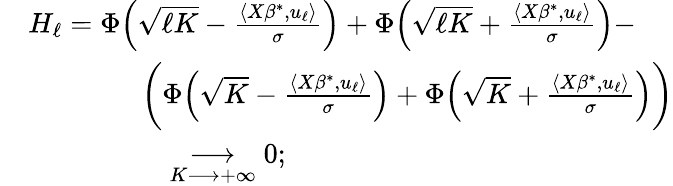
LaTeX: \begin{array}{rl}&{H_{\ell}=\Phi\Big(\sqrt{\ell K}-\frac{\langle X\beta^{*},u_{\ell}\rangle}{\sigma}\Big)+\Phi\Big(\sqrt{\ell K}+\frac{\langle X\beta^{*},u_{\ell}\rangle}{\sigma}\Big)-}\\ &{\quad\quad\quad\quad\bigg(\Phi\Big(\sqrt{K}-\frac{\langle X\beta^{*},u_{\ell}\rangle}{\sigma}\Big)+\Phi\Big(\sqrt{K}+\frac{\langle X\beta^{*},u_{\ell}\rangle}{\sigma}\Big)\bigg)}\\ &{\quad\quad\quad\quad\quad\underset{K\longrightarrow+\infty}{\longrightarrow}0;}\end{array}